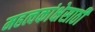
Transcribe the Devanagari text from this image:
महत्वकांक्षेसाठी